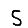
Digit: 5